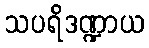
သပရိဒဏ္ဍာယ